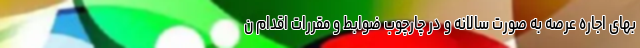
بهای اجاره عرصه به صورت سالانه و در چارچوب ضوابط و مقررات اقدام ن